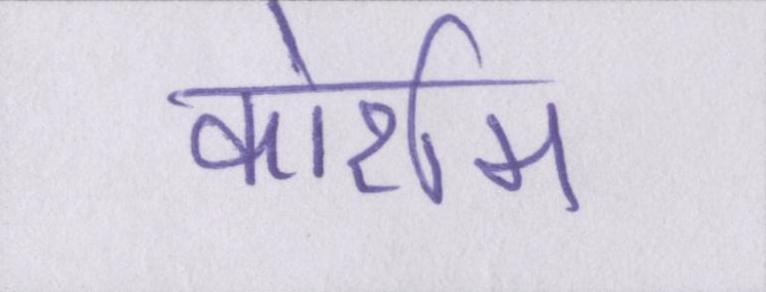
कोर्राम